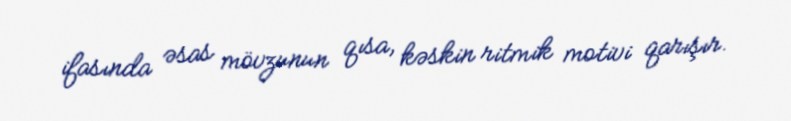
ifasında əsas mövzunun qısa, kəskin ritmik motivi qarışır.